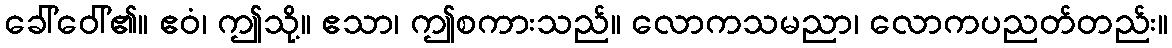
ခေါ်ဝေါ်၏။ ဧဝံ၊ ဤသို့။ ဧသာ၊ ဤစကားသည်။ လောကသမညာ၊ လောကပညတ်တည်း။